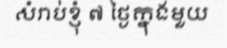
សំរាប់ខ្ញុំ ៧ ថ្ងៃក្នុងមួយ